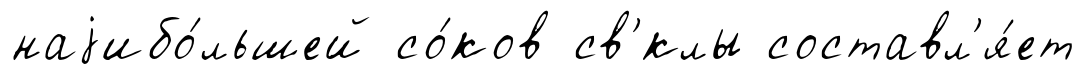
наjибо́льшей со́ков св'́клы составл'я́ет